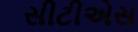
સીટીએસ